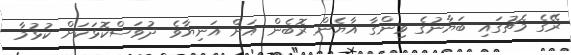
ރޭގެ މެޗުގައި ބަޔާނުގެ ވިންގާ އާޔެން ރޮބެން އަށް އަނިޔާވެ ދުވަސްކޮޅަކަށް ކުޅުމާ